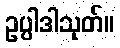
ဥပ္ပါဒါသုတ်။